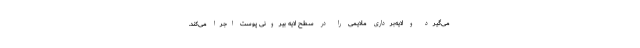
می‌گیرد و لایه‌برداری ملایمی را در سطح لایه بیرونی پوست اجرا می‌کند.